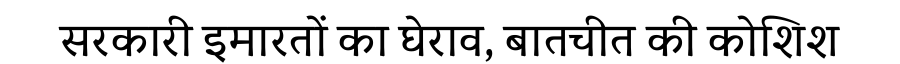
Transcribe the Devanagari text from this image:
सरकारी इमारतों का घेराव, बातचीत की कोशिश